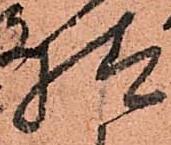
様